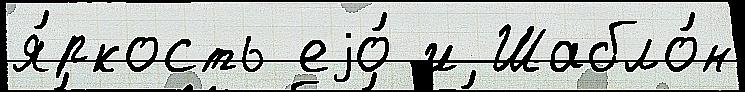
я́ркость еjо́ и Шабло́н